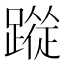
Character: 𮜉